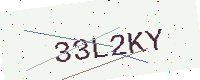
Text: 33L2KY